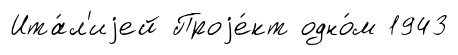
Ита́л'иjей Проjе́кт одно́м 1943